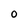
Character: O